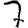
Digit: 7